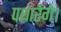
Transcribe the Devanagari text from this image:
पधारेंगे।